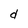
Character: d